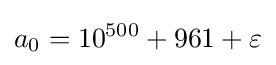
a_{0}=10^{500}+961+\varepsilon